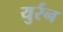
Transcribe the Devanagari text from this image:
युर्रन